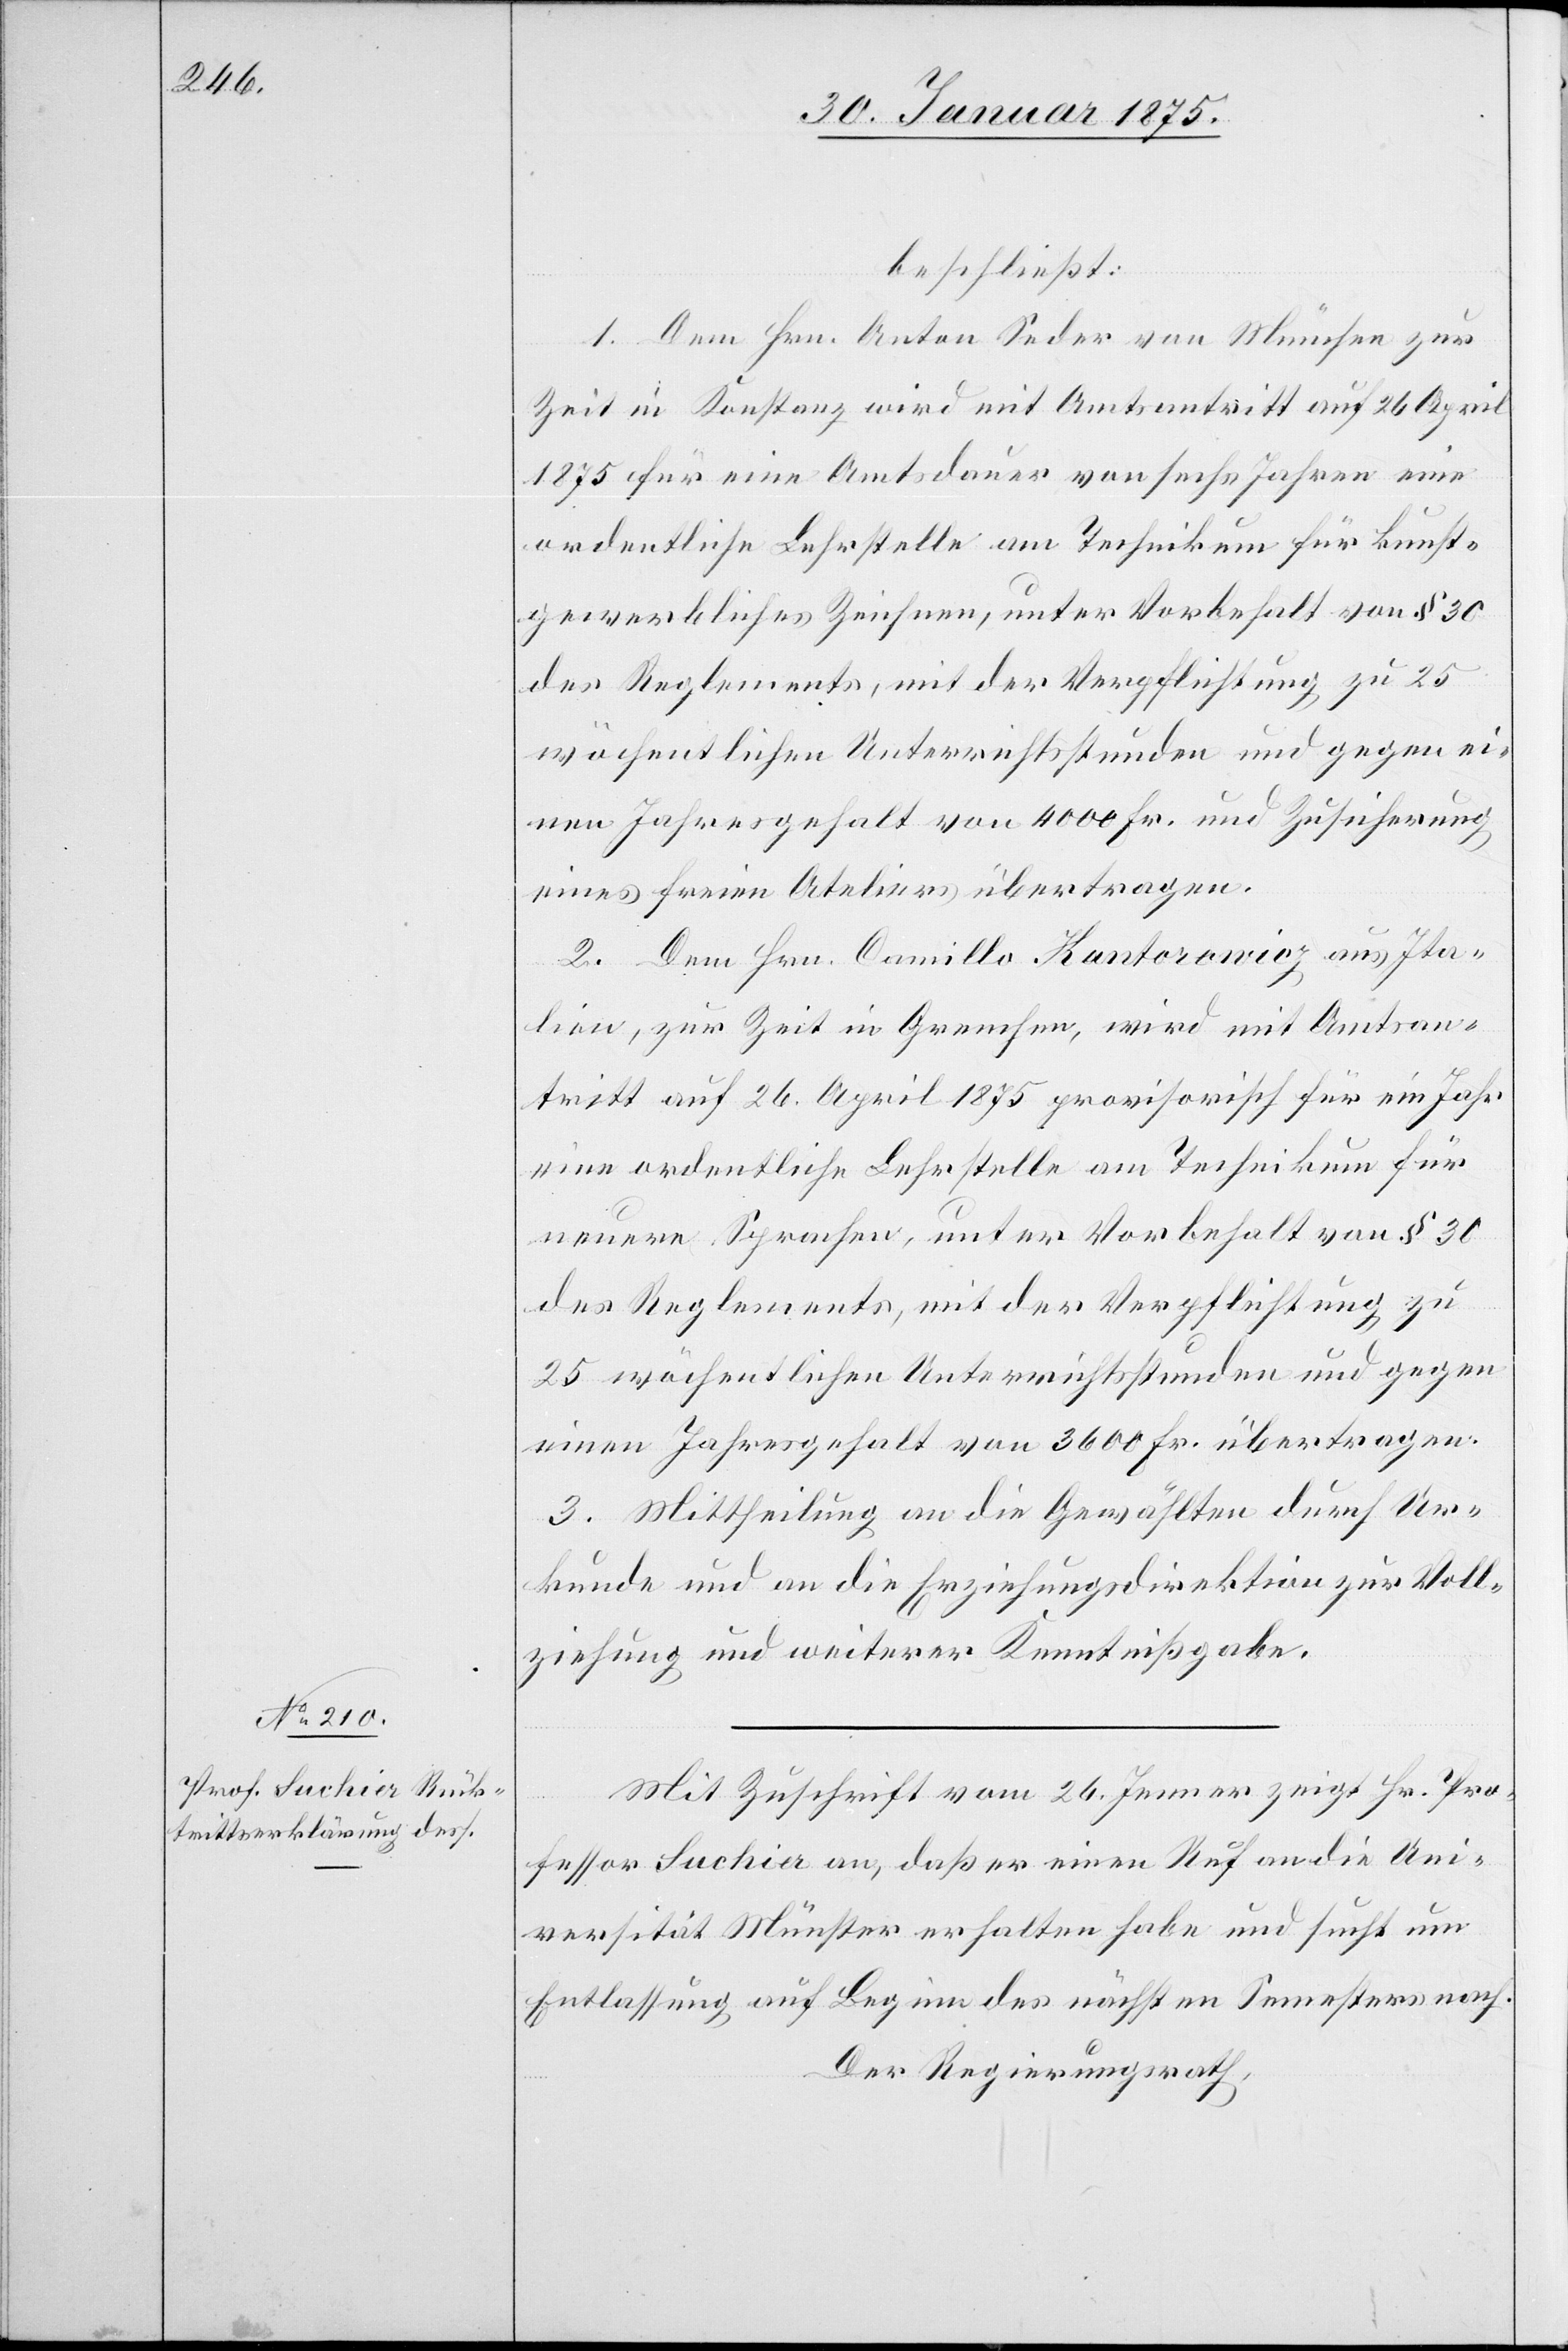
beschließt:
1. Dem Hrn. Anton Seder von München zur
Zeit in Konstanz wird mit Amtsantritt auf 26 April
1875 für eine Amtsdauer von sechs Jahren eine
ordentliche Lehrstelle am Technikum für kunst¬
gewerbliches Zeichnen, unter Vorbehalt von § 30
des Reglements, mit der Verpflichtung zu 25
wöchentlichen Unterrichtsstunden und gegen ei¬
nen Jahresgehalt von 4000 Fr. und Zusicherung
eines freien Ateliers übertragen.
2. Dem Hrn. Camillo Kantorowicz aus Ita¬
lien, zur Zeit in Grenchen, wird mit Amtsan¬
tritt auf 26. April 1875 provisorisch für ein Jahr
eine ordentliche Lehrstelle am Technikum für
neuere Sprachen, unter Vorbehalt von § 30
des Reglements, mit der Verpflichtung zu
25 wöchentlichen Unterrichtsstunden und gegen
einen Jahresgehalt von 3600 Fr. übertragen.
3. Mittheilung an die Gewählten durch Ur¬
kunde und an die Erziehungsdirektion zur Voll¬
ziehung und weiterer Kenntnißgabe.
Mit Zuschrift vom 26. Jenner zeigt Hr. Pro¬
fessor Suchier an, daß er einen Ruf an die Uni¬
versität Münster erhalten habe und sucht um
Entlassung auf Beginn des nächsten Semesters nach.
Der Regierungsrath,